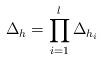
LaTeX: \begin{align*}\Delta_h = \prod_{i=1}^{l}\Delta_{h_i}\end{align*}